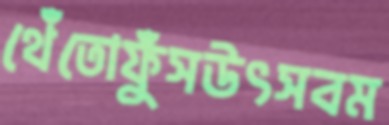
থেঁতোফুঁসউৎসবম